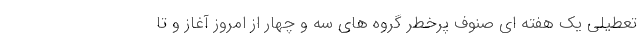
تعطیلی یک هفته ای صنوف پرخطر گروه های سه و چهار از امروز آغاز و تا